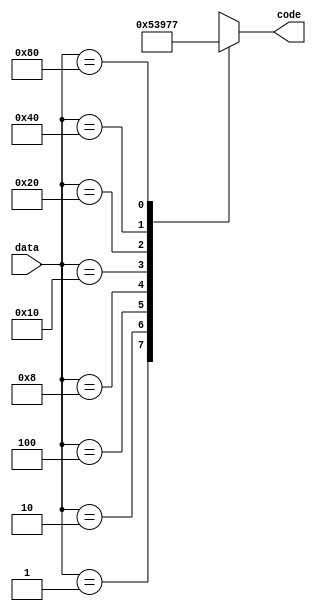


  `timescale 10ns / 1ns
  
  module Encoder8x3(output reg[2:0] code, input [7:0] data);
    
    always@(*)
    begin
      case(data)
        8'b0000_0001: code = 0;
        8'b0000_0010: code = 1;
        8'b0000_0100: code = 2;
        8'b0000_1000: code = 3;
        8'b0001_0000: code = 4;
        8'b0010_0000: code = 5;
        8'b0100_0000: code = 6;
        8'b1000_0000: code = 7;
        default: code = 3'bx;
      endcase
    end
      
    endmodule